Indian journal of veterinary science and animal husbandry - Volume 2,
Year: 1932
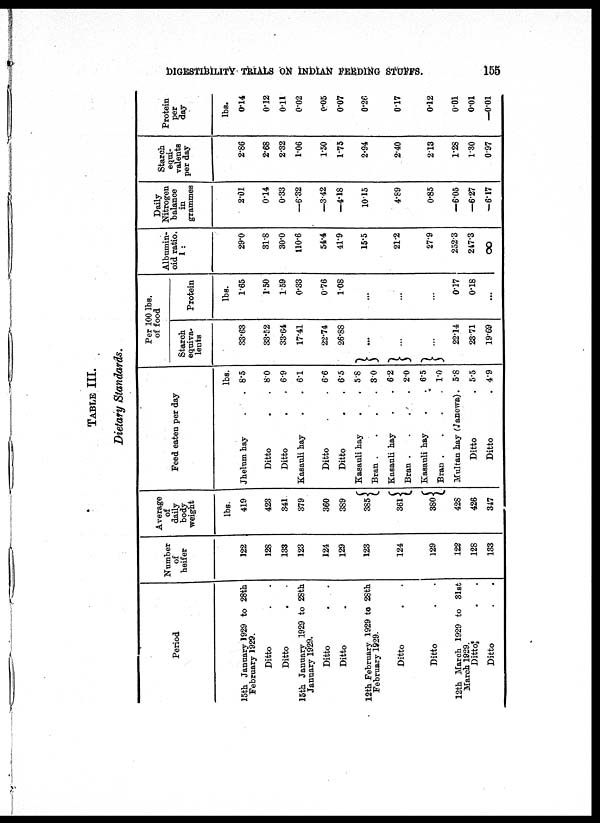
DIGESTIBILITY TRIALS ON INDIAN FEEDING STUFFS.
155
TABLE III.
Dietary Standards.
Period
15th January 1929 to 28th
February 1929.
Ditto
Ditto
15th January 1929 to 28th
January
1929.
Ditto
.
.
Ditto . .
12th February 1929 to 28th
February 1929.
Ditto . .
Ditto
.
.
12th March 1929 to 31st
March 1929.
Ditto . .
Ditto
.
.
Number
of
heifer
122
128
133
123
124
129
123
124
129
122
128
133
Average
of
daily
body
weight
lbs.
419
423
341
379
360
389
385{
361{
380 {
428
426
347
Feed eaten per day
Jhelum hay . .
Ditto . .
Ditto . .
Kasauli hay . .
Ditto . .
Ditto . .
Kasauli hay . .
Bran . . . .
Kasauli hay . .
Bran . . . .
Kasauli hay . .
Bran . . . .
Multan hay (Janewa).
Ditto .
Ditto .
lbs.
8.5
8.0
6.9
6.1
6.6
6.5
5.8
3.0
6.2
2.0
6.5
1.0
5.8
5.5
4.9
Per 100 lbs.
of food
Starch
equiva
lents
33.63
33.52
33.64
17.41
22.74
26.88
}...
}...
}...
22.14
23.71
19.69
Protein
lbs.
1.65
1.50
1.59
0.33
0.76
1.08
...
...
...
0.17
0.18
...
Albumin
oid ratio.
1 :
29.0
31.8
30.0
110.6
54.4
41.9
15.5
21.2
27.9
252.3
247.3
∞
Daily
Nitrogen
balance
in
grammes
2.01
0.14
0.33
—6.32
—3.42
—4.18
10.15
4.89
0.85
—6.05
—6.27
—6.17
Starch
equi
valents
per day
2.86
2.68
2.32
1.06
1.50
1.75
2.94
2.40
2.13
1.28
1.30
0.97
Protein
per
day
lbs.
0.14
0.12
0.11
0.02
0.05
0.07
0.26
0.17
0.12
0.01
0.01
—0.01